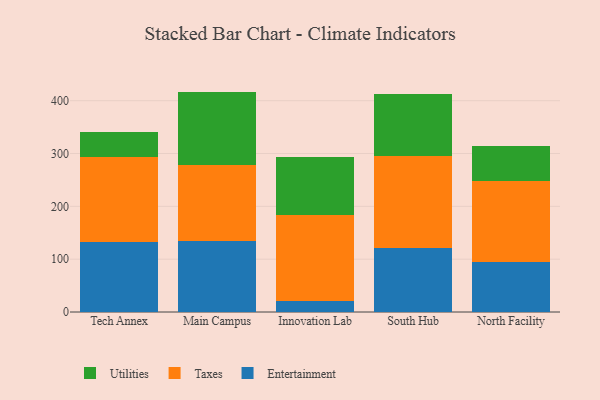
{"axis": {"x": "Campus", "y": "Website Visitors"}, "legend": ["Entertainment", "Taxes", "Utilities"], "data": [{"x": "Tech Annex", "y": 131.9, "type": "Entertainment"}, {"x": "Tech Annex", "y": 161.1, "type": "Taxes"}, {"x": "Tech Annex", "y": 48.5, "type": "Utilities"}, {"x": "Main Campus", "y": 135.1, "type": "Entertainment"}, {"x": "Main Campus", "y": 143.2, "type": "Taxes"}, {"x": "Main Campus", "y": 138.9, "type": "Utilities"}, {"x": "Innovation Lab", "y": 20.8, "type": "Entertainment"}, {"x": "Innovation Lab", "y": 161.9, "type": "Taxes"}, {"x": "Innovation Lab", "y": 110.2, "type": "Utilities"}, {"x": "South Hub", "y": 121.7, "type": "Entertainment"}, {"x": "South Hub", "y": 174.0, "type": "Taxes"}, {"x": "South Hub", "y": 117.6, "type": "Utilities"}, {"x": "North Facility", "y": 93.9, "type": "Entertainment"}, {"x": "North Facility", "y": 154.4, "type": "Taxes"}, {"x": "North Facility", "y": 65.6, "type": "Utilities"}]}